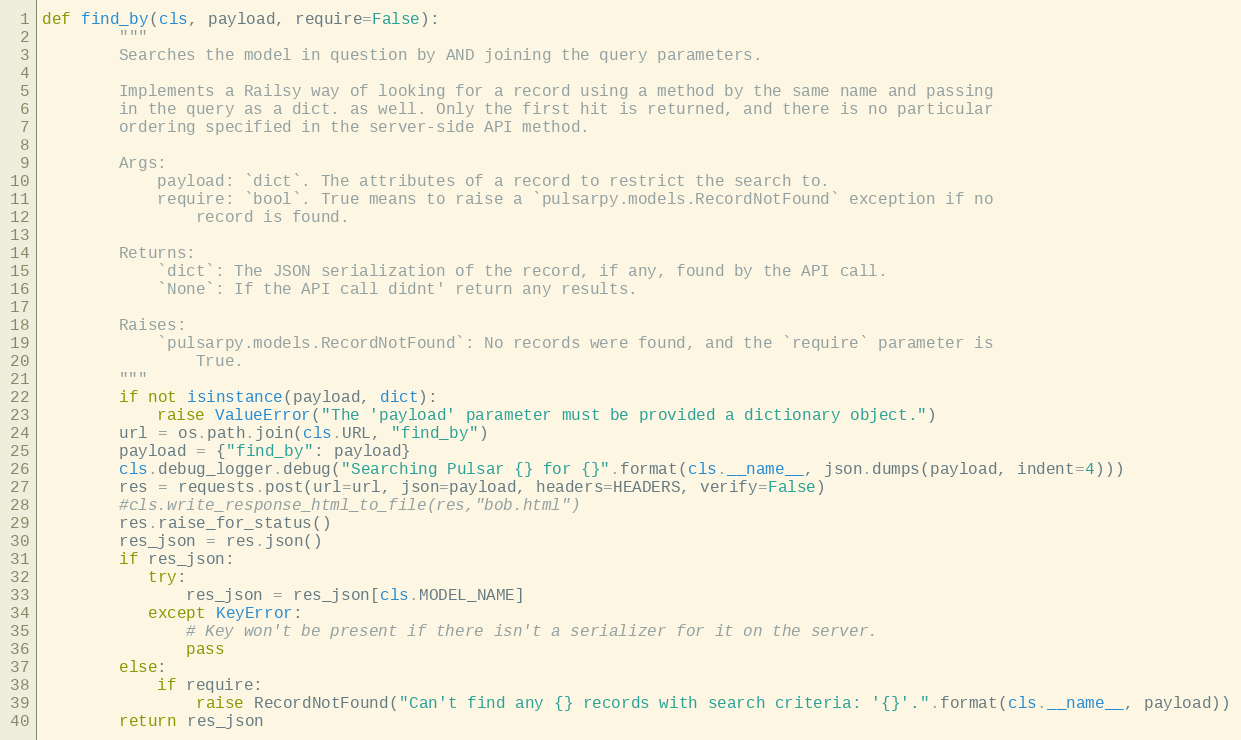
Language: Python
def find_by(cls, payload, require=False):
        """
        Searches the model in question by AND joining the query parameters.

        Implements a Railsy way of looking for a record using a method by the same name and passing
        in the query as a dict. as well. Only the first hit is returned, and there is no particular
        ordering specified in the server-side API method.

        Args:
            payload: `dict`. The attributes of a record to restrict the search to.
            require: `bool`. True means to raise a `pulsarpy.models.RecordNotFound` exception if no
                record is found.

        Returns:
            `dict`: The JSON serialization of the record, if any, found by the API call.
            `None`: If the API call didnt' return any results.

        Raises:
            `pulsarpy.models.RecordNotFound`: No records were found, and the `require` parameter is
                True.
        """
        if not isinstance(payload, dict):
            raise ValueError("The 'payload' parameter must be provided a dictionary object.")
        url = os.path.join(cls.URL, "find_by")
        payload = {"find_by": payload}
        cls.debug_logger.debug("Searching Pulsar {} for {}".format(cls.__name__, json.dumps(payload, indent=4)))
        res = requests.post(url=url, json=payload, headers=HEADERS, verify=False)
        #cls.write_response_html_to_file(res,"bob.html")
        res.raise_for_status()
        res_json = res.json()
        if res_json:
           try:
               res_json = res_json[cls.MODEL_NAME]
           except KeyError:
               # Key won't be present if there isn't a serializer for it on the server.
               pass
        else:
            if require:
                raise RecordNotFound("Can't find any {} records with search criteria: '{}'.".format(cls.__name__, payload))
        return res_json